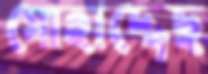
মোহাদ্দেছ